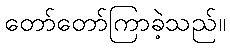
တော်တော်ကြာခဲ့သည်။